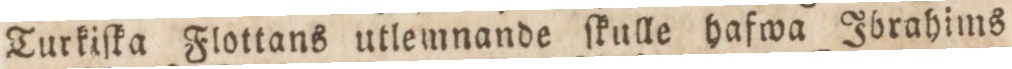
Turkiſka Flottans utlemnande ſkulle hafwa Ibrahims